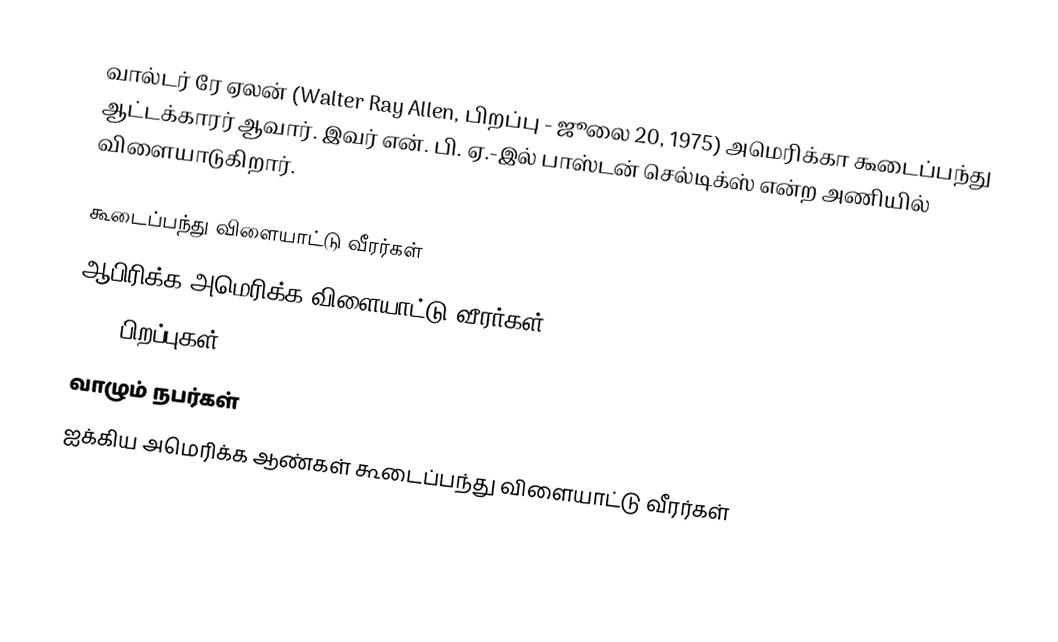
வால்டர் ரே ஏலன் (Walter Ray Allen, பிறப்பு - ஜூலை 20, 1975) அமெரிக்கா கூடைப்பந்து ஆட்டக்காரர் ஆவார். இவர் என். பி. ஏ.-இல் பாஸ்டன் செல்டிக்ஸ் என்ற அணியில் விளையாடுகிறார்.

கூடைப்பந்து விளையாட்டு வீரர்கள்
ஆபிரிக்க அமெரிக்க விளையாட்டு வீரர்கள்
1975 பிறப்புகள்
வாழும் நபர்கள்
ஐக்கிய அமெரிக்க ஆண்கள் கூடைப்பந்து விளையாட்டு வீரர்கள்